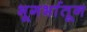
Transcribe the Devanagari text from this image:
भूगर्भातून